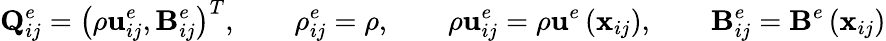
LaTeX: \mathbf{Q}_{ij}^{e}=\left(\rho\mathbf{{u}}_{ij}^{e},\mathbf{B}_{ij}^{e}\right)^{T},\qquad\rho_{ij}^{e}=\rho,\qquad\rho\mathbf{{u}}_{ij}^{e}=\rho\mathbf{u}^{e}\left(\mathbf{x}_{ij}\right),\qquad\mathbf{B}_{ij}^{e}=\mathbf{B}^{e}\left(\mathbf{x}_{ij}\right)